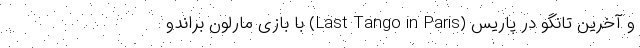
و آخرین تانگو در پاریس (Last Tango in Paris) با بازی مارلون براندو